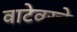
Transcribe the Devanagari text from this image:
वाटेवरचे